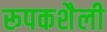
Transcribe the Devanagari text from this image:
रूपकशैली